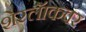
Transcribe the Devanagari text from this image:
शेरलॅाकवर